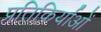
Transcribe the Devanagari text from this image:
प्रतिकिर्याओं